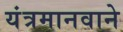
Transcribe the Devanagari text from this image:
यंत्रमानवाने